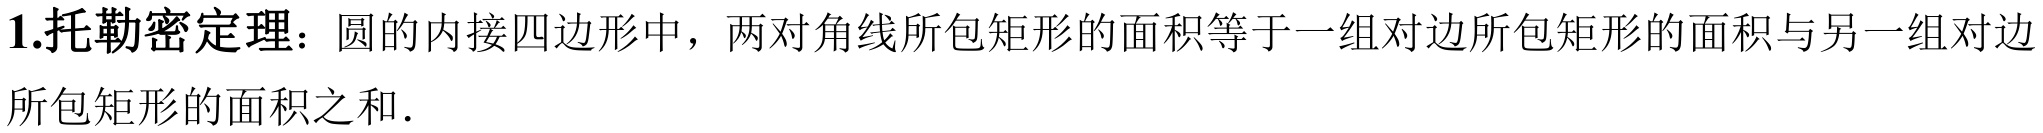
1.托勒密定理：圆的内接四边形中，两对角线所包矩形的面积等于一组对边所包矩形的面积与另一组对边所包矩形的面积之和．